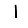
Digit: 1